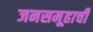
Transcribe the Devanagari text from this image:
जनसमूहाची